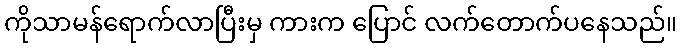
ကိုသာမန်ရောက်လာပြီးမှ ကားက ပြောင် လက်တောက်ပနေသည်။